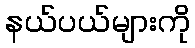
နယ်ပယ်များကို